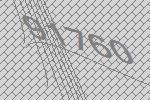
91760